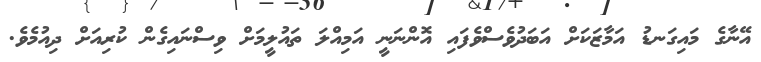
އޭނާގެ މައިގަނޑު އަމާޒަކަށް އަބަދުވެސްވެފައި އޮންނަނީ އަމިއްލަ ތައުލީމަށް ވިސްނައިގެން ކުރިއަށް ދިއުމެވެ.